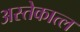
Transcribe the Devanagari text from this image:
अस्तेकात्ल